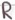
Text: R